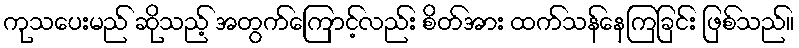
ကုသပေးမည် ဆိုသည့် အတွက်ကြောင့်လည်း စိတ်အား ထက်သန်နေကြခြင်း ဖြစ်သည်။